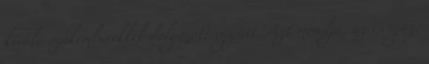
kiváló szakemberekkel dolgozott együtt. Azt mondja, az is igaz,